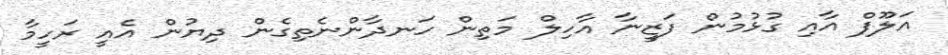
އަލޫފް އާއި ގުޅުމުން ފަޒީނާ އާހިލް މަތިން ހަނދާންނެތިގެން ދިޔުން އެއީ ރަހީމާ